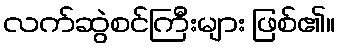
လက်ဆွဲစင်ကြီးများ ဖြစ်၏။